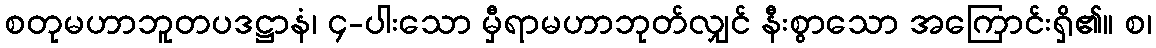
စတုမဟာဘူတပဒဋ္ဌာနံ၊ ၄-ပါးသော မှီရာမဟာဘုတ်လျှင် နီးစွာသော အကြောင်းရှိ၏။ စ၊